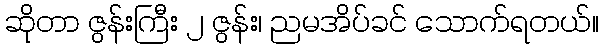
ဆိုတာ ဇွန်းကြီး ၂ ဇွန်း၊ ညမအိပ်ခင် သောက်ရတယ်။